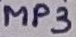
Text: MP3